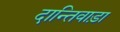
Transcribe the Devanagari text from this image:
दान्तिवाड़ा